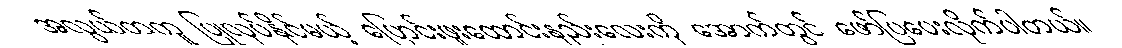
အလွယ်တကူ ပြုလုပ်နိုင်မယ့် ပြောင်းဖူးထောင်းနည်းလေးကို အောက်တွင် ဖော်ပြပေးလိုက်ပါတယ်။